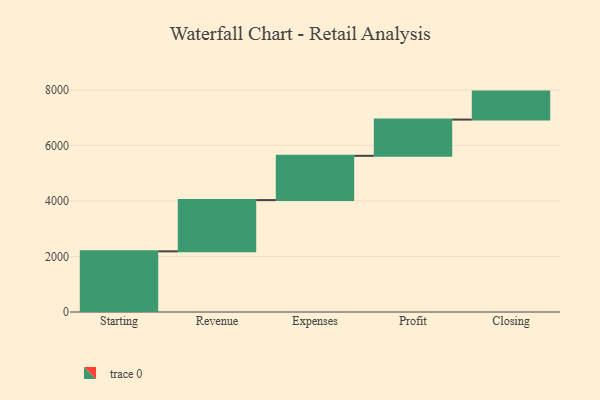
{"axis": {"x": "Step", "y": "Value"}, "legend": [""], "data": [{"x": "Starting", "y": 2186.0, "type": ""}, {"x": "Revenue", "y": 1846.0, "type": ""}, {"x": "Expenses", "y": 1595.0, "type": ""}, {"x": "Profit", "y": 1306.0, "type": ""}, {"x": "Closing", "y": 1008.0, "type": ""}]}